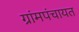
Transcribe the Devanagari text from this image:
ग्रांमपंचायत